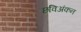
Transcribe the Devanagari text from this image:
छविअंकन